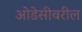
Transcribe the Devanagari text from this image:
ओडेसीवरील